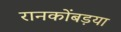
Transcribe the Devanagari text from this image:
रानकोंबड़या